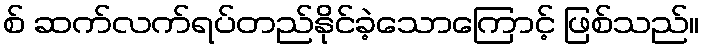
စ် ဆက်လက်ရပ်တည်နိုင်ခဲ့သောကြောင့် ဖြစ်သည်။